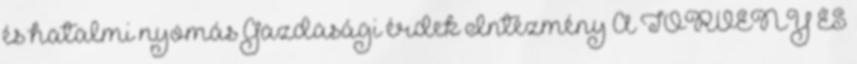
és hatalmi nyomás Gazdasági érdek Intézmény A TÖRVÉNY ÉS